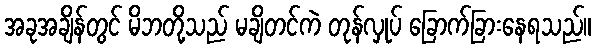
အခုအချိန်တွင် မိဘတို့သည် မချိတင်ကဲ တုန်လှုပ် ခြောက်ခြားနေရသည်။